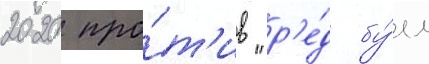
2020 про́т'ив "р'е́д бу́лл